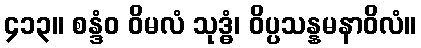
၄၁၃။ စန္ဒံဝ ဝိမလံ သုဒ္ဓံ၊ ဝိပ္ပသန္နမနာဝိလံ။